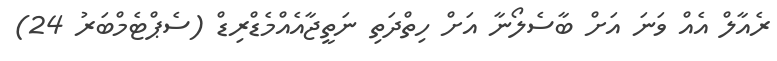
ރެއާލް އެއް ވަނަ އަށް ބާސެލޯނާ އަށް ހިތްދަތި ނަތީޖާއެއްމެޑްރިޑް (ސެޕްޓެމްބަރު 24)